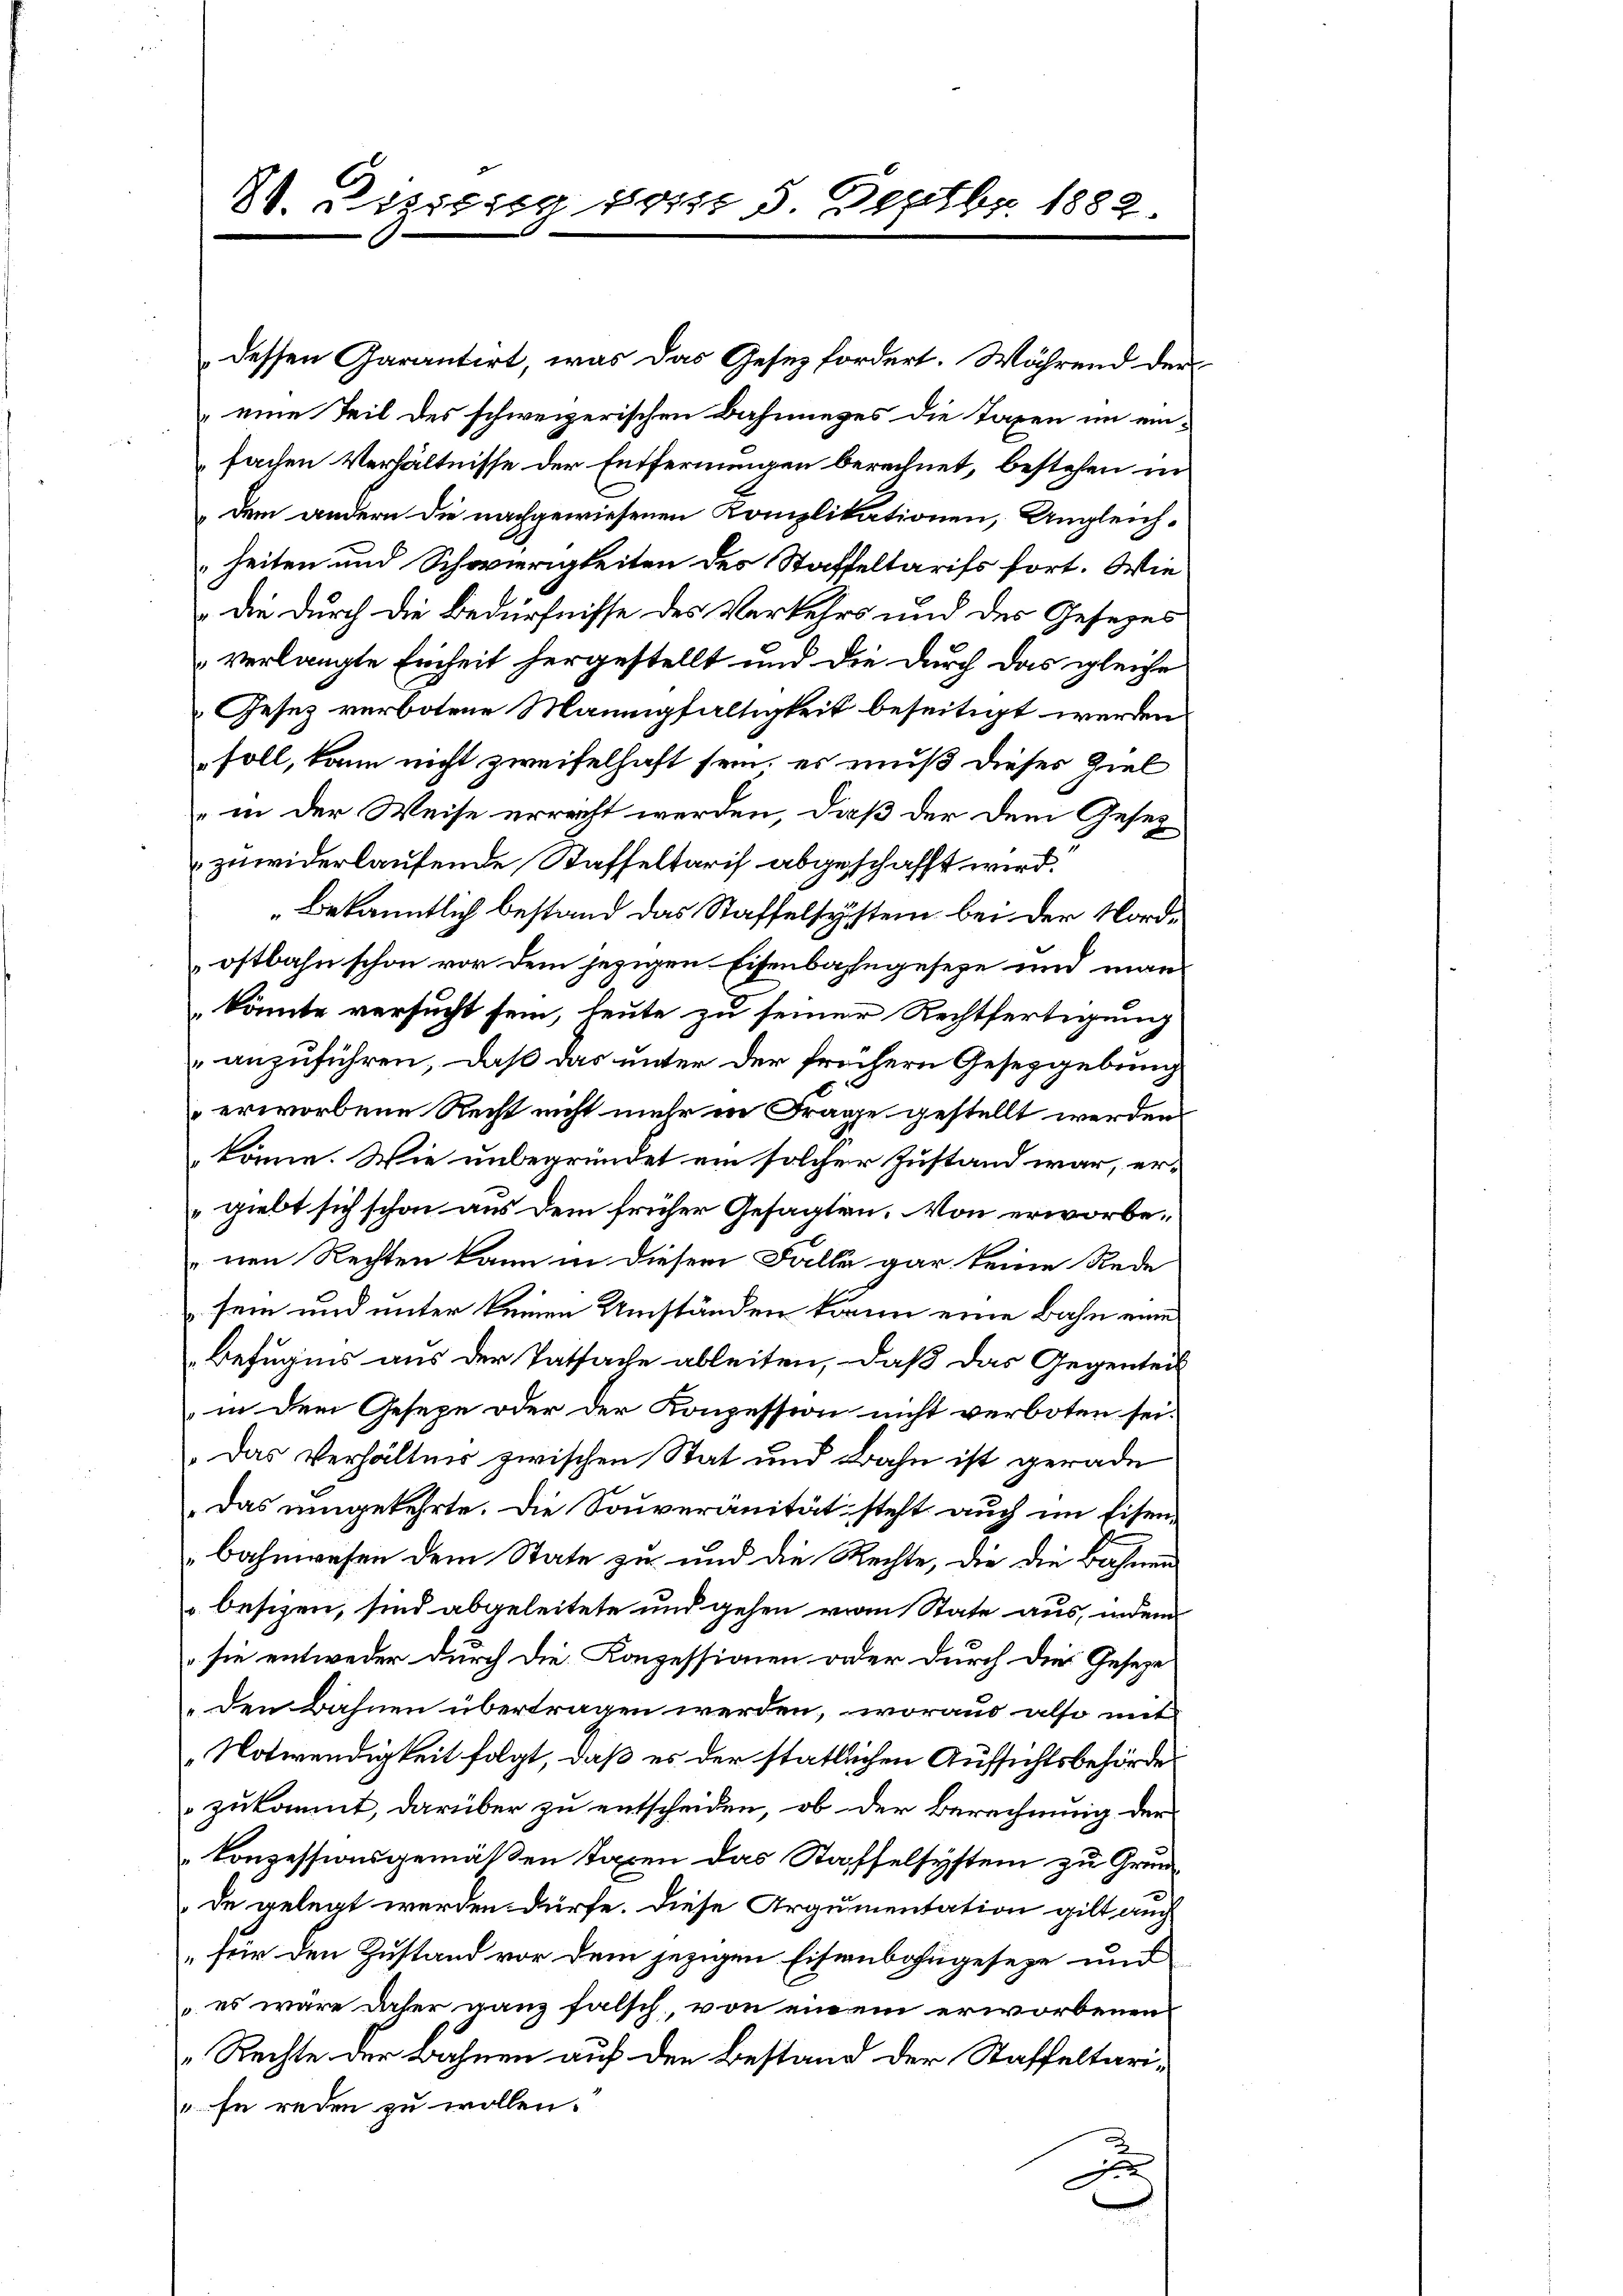
80. Disserg vom 5 Septbr. 1882

dessen Garantirt, was das Gesez fordert. Während der
eine Teil des schweizerischen Bahnneges die Taxen im einfachen Verhältnisse der Entfernungen berechnet, bestehen in
dem andern die nachgewiesenen Komplikationen, Ungleichheiten und Schwierigkeiten des Staffeltarifs fort. Wie
 die durch die Bedürfnisse des Verkehrs und des Gesezes
verlangte Einheit hergestellt und die durch das gleiche
Gesez verbotene Mannigfaltigkeit beseitigt werden.
soll, kann nicht zweifelhaft sein, es muß dieses Ziel
 in der Weise errecht werden, daß der dem Gesetz
zuwiderlaufende Staffeltarif abgeschafft wird.
Bekanntlich bestand das Staffelsystem bei der Nordostbahn schon vor dem jezigen Eisenbahngeseze und man
könnte versucht sein, heute zu seiner Rechtfertigung
anzuführen, daß das unter der frühern Gesetzgebung
erworbene Recht nicht mehr in Frage gestellt werden.
könne. Wie unbegründet ein solcher Zustand war, er-
giebt sich schon aus dem früher Gesagten. Von erworbenen Rechten kann in diesem Falle gar keine Rede
sein und unter keinen Umständen kann eine Bahn eine
Befugins aus der Tatsache ableiten, daß das Gegenteil
in dem Geseze oder der Konzession nicht verboten sei.
.Das Verhältnis zwischen Stat und Bahn ist gerade
Das umgekehrte. Die Souveränität steht auch im Eisenbahnwesen dem State zu und die Rechte, die die Bahnen
 besizen, sind abgeleitete und gehen vom State aus, indem
„sie entweder durch die Konzessionen oder durch die Gesetze
„den Bahnen übertragen werden, woraus also mit
Notwendigkeit folgt, daß es der stattlichen Aufsichtsbehörde
zukommt, darüber zu entscheiden, ob der Berechnung der
konzessionsgemäßen Taxen das Staffelsystem zu Grundde gelegt werden dürfe. Diese Argumentation gilt auch
" für den Zustand vor dem jezigen Eisenbahngeseze und
 es wäre daher ganz falsch, von einem erworbenen
Rechte der Bahnen auf den Bestand der Staffeltari¬
" se reden zu wollen.
x